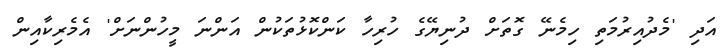
އަދި 'މެދުއިރުމަތި ހިމެނޭ ގޮތަށް ދުނިޔޭގެ ހުރިހާ ކަންކޮޅުތަކުން އަންނަ މީހުންނަށް' އެމެރިކާއިން